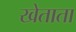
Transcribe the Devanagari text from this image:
खेताता